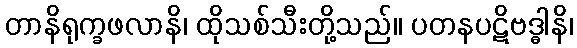
တာနိရုက္ခဖလာနိ၊ ထိုသစ်သီးတို့သည်။ ပတနပဋိဗဒ္ဓါနိ၊